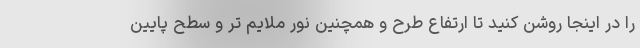
را در اینجا روشن کنید تا ارتفاع طرح و همچنین نور ملایم تر و سطح پایین